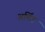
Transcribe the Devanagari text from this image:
अर्चिंड